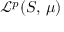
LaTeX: { \mathcal { L } } ^ { p } ( S , \, \mu )